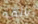
تالفة